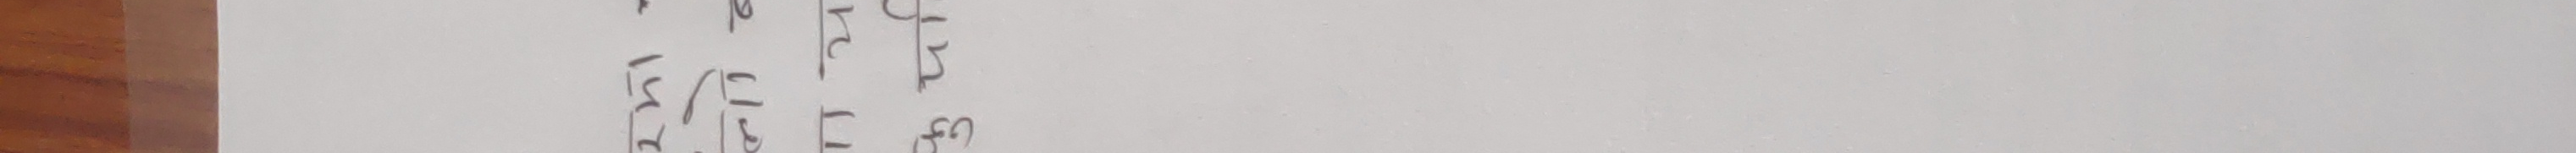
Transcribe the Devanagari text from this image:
१५
२२
१३
१६ ६०